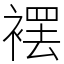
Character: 䙓